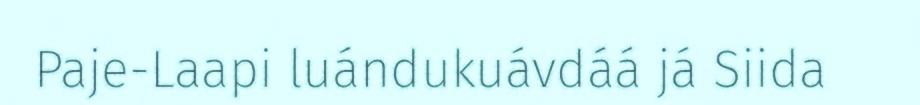
Paje-Laapi luándukuávdáá já Siida